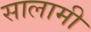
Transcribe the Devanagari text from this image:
सालामी